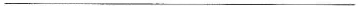
___